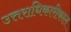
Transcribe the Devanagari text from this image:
उत्तराधिकारीकाल